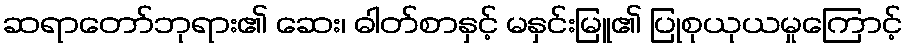
ဆရာတော်ဘုရား၏ ဆေး၊ ဓါတ်စာနှင့် မနှင်းမြူ၏ ပြုစုယုယမှုကြောင့်